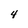
Character: 4